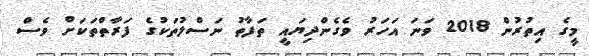
މީގެ އިތުރުން 2018 ވަނަ އަހަރު ވެގެންދިޔައީ ތަފާތު ނަސްލުތަކުގެ ފަރާތްތަކަށް ވެސް